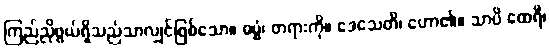
ကြည်ညိုဖွယ်ရှိသည်သာလျှင်ဖြစ်သော။ ဓမ္မံ၊ တရားကို။ ဒေသေတိ၊ ဟော၏။ သာပိ ထေရီ၊